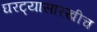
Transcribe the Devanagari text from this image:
घरट्यासारखीच